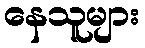
နေသူများ